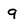
Character: 9